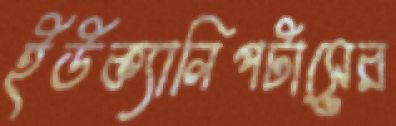
ইউক্যালিপটাসের